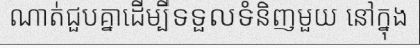
ណាត់ជួបគ្នាដើម្បីទទួលទំនិញមួយ នៅក្នុង